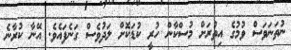
ނުތަނަވަސް ވުމުގެ އިތުރަށް މުސްކާން ހުރީ ކުޑަކޮށް ލަދުވެސް ގަނެފައެވެ. އޭނާ ކުރާނެ